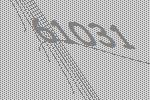
61031